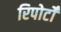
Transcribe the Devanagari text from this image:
रिपोर्टोँं